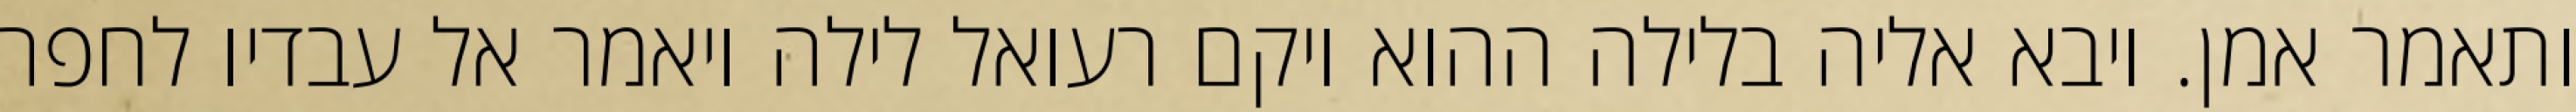
ותאמר אמן. ויבא אליה בלילה ההוא ויקם רעואל לילה ויאמר אל עבדיו לחפר